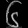
Digit: ၆